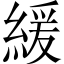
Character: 緩